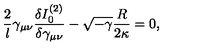
\frac { 2 } { l } \gamma _ { \mu \nu } \frac { \delta I _ { 0 } ^ { ( 2 ) } } { \delta \gamma _ { \mu \nu } } - \sqrt { - \gamma } \frac { R } { 2 \kappa } = 0 ,